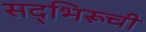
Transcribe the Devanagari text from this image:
सद्‌भिरूची